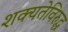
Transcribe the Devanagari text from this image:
शक्यतेविरुद्ध